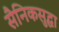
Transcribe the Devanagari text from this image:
सैनिकसुद्धा